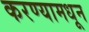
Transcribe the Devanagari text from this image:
करण्यामधून